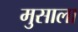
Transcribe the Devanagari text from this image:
मुसाला